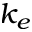
k _ { e }